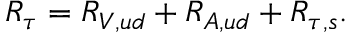
R _ { \tau } = R _ { V , u d } + R _ { A , u d } + R _ { \tau , s } .